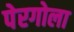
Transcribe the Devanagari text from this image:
पेरगोला